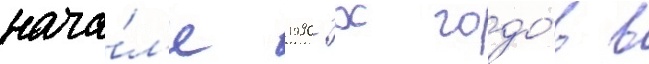
нача́л'е 1990-х годо́в в